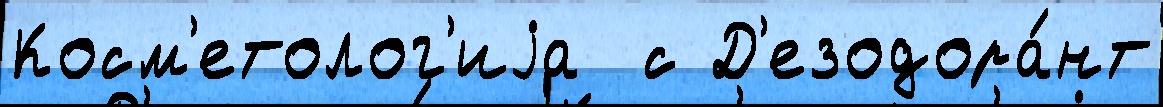
Косм'етолог'иjа  с Д'езодора́нт